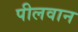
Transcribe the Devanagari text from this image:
पीलवान